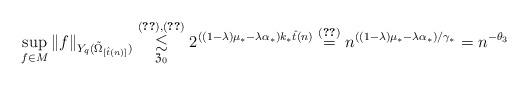
LaTeX: \begin{align*}\sup _{f\in M}\|f\|_{Y_q(\tilde \Omega _{[\hat t(n)]})} \stackrel{(\ref{nu2}), (\ref{emb_nu})}{\underset{\mathfrak{Z}_0}{\lesssim}} 2^{((1‐\lambda)\mu_*‐\lambda \alpha_*)k_*\hat t(n)} \stackrel{(\ref{hat_mt})}{=} n^{((1‐\lambda)\mu_*‐\lambda \alpha_*)/\gamma_*} = n^{‐\theta _3}\end{align*}